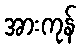
အားကုန်